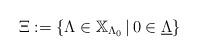
LaTeX: \begin{align*} \Xi := \left\lbrace \Lambda \in \mathbb{X}_{\Lambda _0} \, \vert \, 0\in \underline{\Lambda }\right\rbrace \end{align*}